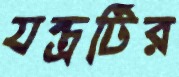
যন্ত্রটির